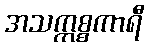
အသက္ကစ္စကာရီ